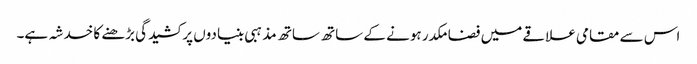
اس سے مقامی علاقے میں فضا مکدر ہونے کے ساتھ ساتھ مذہبی بنیادوں پر کشیدگی بڑھنے کا خدشہ ہے۔